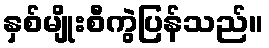
နှစ်မျိုးစီကွဲပြန်သည်။